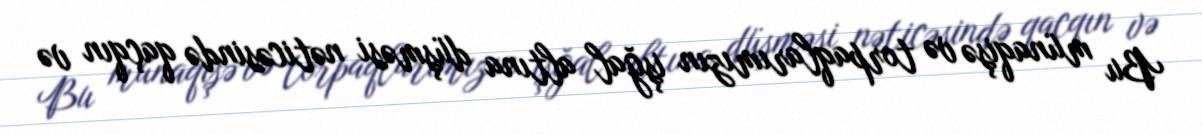
Bu münaqişə və torpaqlarımızın işğal altına düşməsi nəticəsində qaçqın və